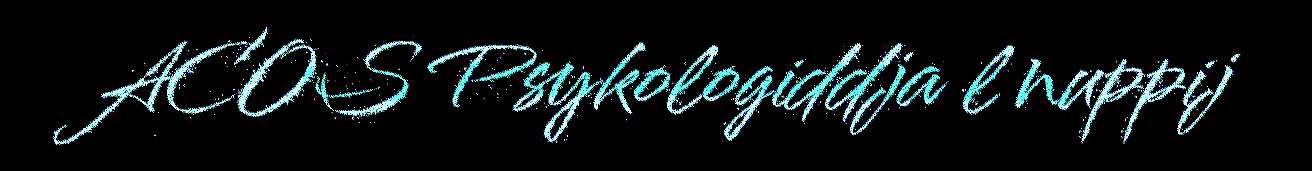
ACOS Psykologiddja l nuppij